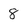
Character: 8